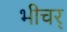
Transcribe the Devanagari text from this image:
भीचर्